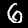
Digit: 6